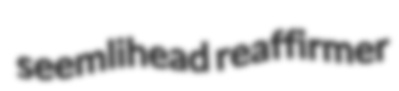
seemlihead reaffirmer